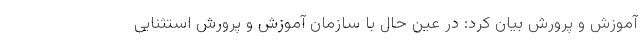
آموزش و پرورش بیان کرد: در عین حال با سازمان آموزش و پرورش استثنایی